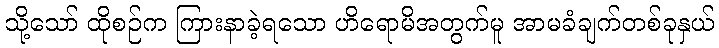
သို့သော် ထိုစဉ်က ကြားနာခဲ့ရသော ဟိရောမိအတွက်မူ အာမခံချက်တစ်ခုနှယ်